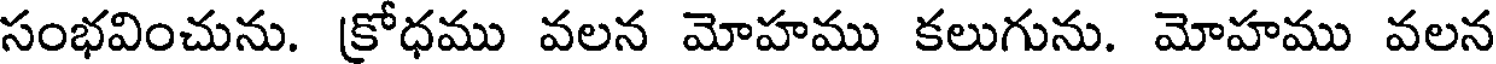
సంభవించును. క్రోధము వలన మోహము కలుగును. మోహము వలన